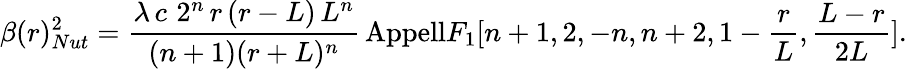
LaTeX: \beta(r)_{Nut}^{2}=\frac{\lambda\, c\, \, 2^{n}\, r\, (r-L)\, L^{n}}{(n+1)(r+L)^{n}}\, \mathrm{{Appell}}F_{1}[n+1,2,-n,n+2,1-\frac{r}{L},\frac{L-r}{2L}].